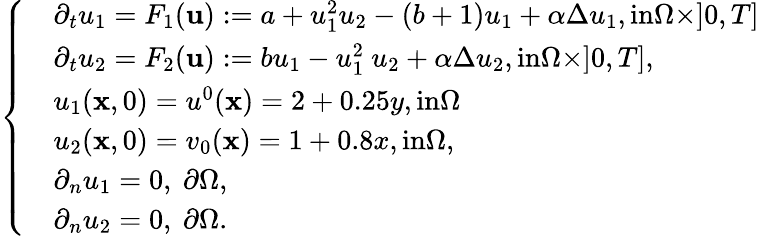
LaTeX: \left\{ \begin{array}{ll}&{\partial_{t}u_{1}=F_{1}(\mathbf{u}):=a+u_{1}^{2}u_{2}-(b+1)u_{1}+\alpha\Delta u_{1},\textrm{in}\Omega\times]0,T]}\\ &{\partial_{t}u_{2}=F_{2}(\mathbf{u}):=bu_{1}-u_{1}^{2}\ u_{2}+\alpha\Delta u_{2},\textrm{in}\Omega\times]0,T],}\\ &{u_{1}(\textbf{x},0)=u^{0}(\textbf{x})=2+0.25y,\textrm{in}\Omega}\\ &{u_{2}(\textbf{x},0)=v_{0}(\textbf{x})=1+0.8x,\textrm{in}\Omega,}\\ &{\partial_{n}u_{1}=0,\ \partial\Omega,}\\ &{\partial_{n}u_{2}=0,\ \partial\Omega.}\end{array}\right.